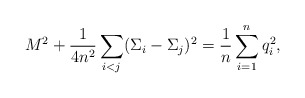
\begin{align*}M^2+{1\over 4 n^2}\sum_{i<j}(\Sigma_i-\Sigma_j)^2={1\over n}\sum_{i=1}^n q_i^2,\end{align*}